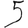
Digit: 5